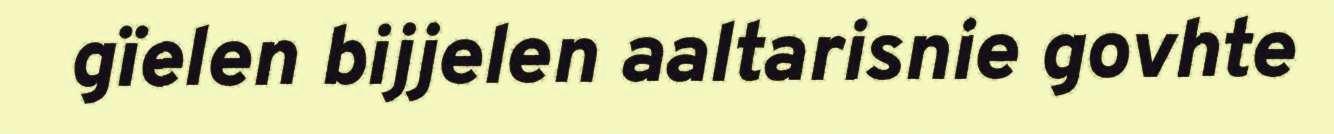
gïelen bijjelen aaltarisnie govhte